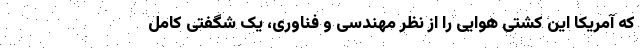
که آمریکا این کشتی هوایی را از نظر مهندسی و فناوری، یک شگفتی کامل